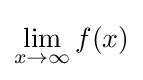
\lim _{x\rightarrow \infty }f(x)